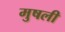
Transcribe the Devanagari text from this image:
मुषली